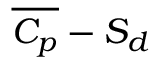
\overline { { C _ { p } } } - S _ { d }